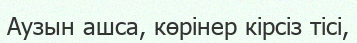
Аузын ашса, көрінер кірсіз тісі,